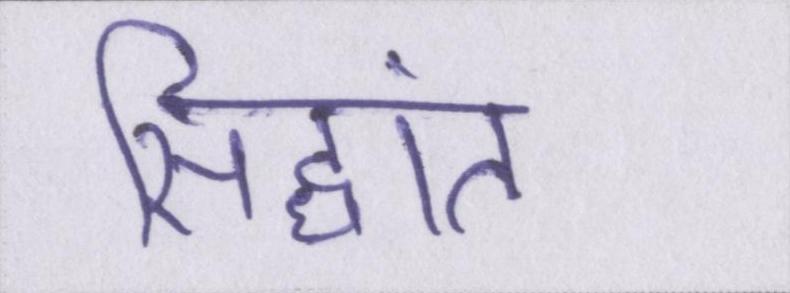
सिद्धांत